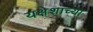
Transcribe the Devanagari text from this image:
यक्षेशाच्या